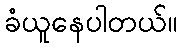
ခံယူနေပါတယ်။